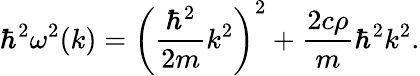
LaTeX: \hbar^{2}\omega^{2}(k)=\left(\displaystyle\frac{\hbar^{2}}{2m}k^{2}\right)^{2}+\frac{2c\rho}{m}\hbar^{2}k^{2}.